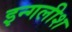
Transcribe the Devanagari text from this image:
इन्गलीश